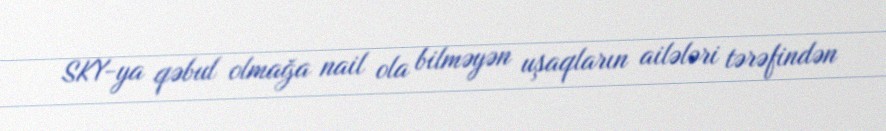
SKY-ya qəbul olmağa nail ola bilməyən uşaqların ailələri tərəfindən